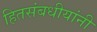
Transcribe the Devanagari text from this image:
हितसंबधीयांनी